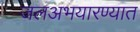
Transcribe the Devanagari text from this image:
जलअभयारण्यात